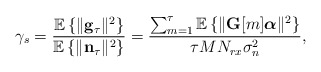
\begin{align*} \gamma_s = \frac{\mathbb{E}\left\{\Vert \textbf{g}_{\tau}\Vert^2\right\}}{\mathbb{E}\left\{\Vert \textbf{n}_{\tau}\Vert^2\right\}} = \frac{\sum_{m=1}^{\tau}\mathbb{E}\left\{\Vert \textbf{G}[m]\boldsymbol{\alpha}\Vert^2\right\}}{\tau MN_{rx}\sigma_n^2},\end{align*}